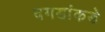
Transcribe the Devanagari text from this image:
दगडांकडे